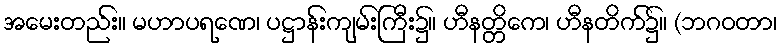
အမေးတည်း။ မဟာပရဏေ၊ ပဋ္ဌာန်းကျမ်းကြီး၌။ ဟီနတ္တိကေ၊ ဟီနတိက်၌။ (ဘဂဝတာ၊